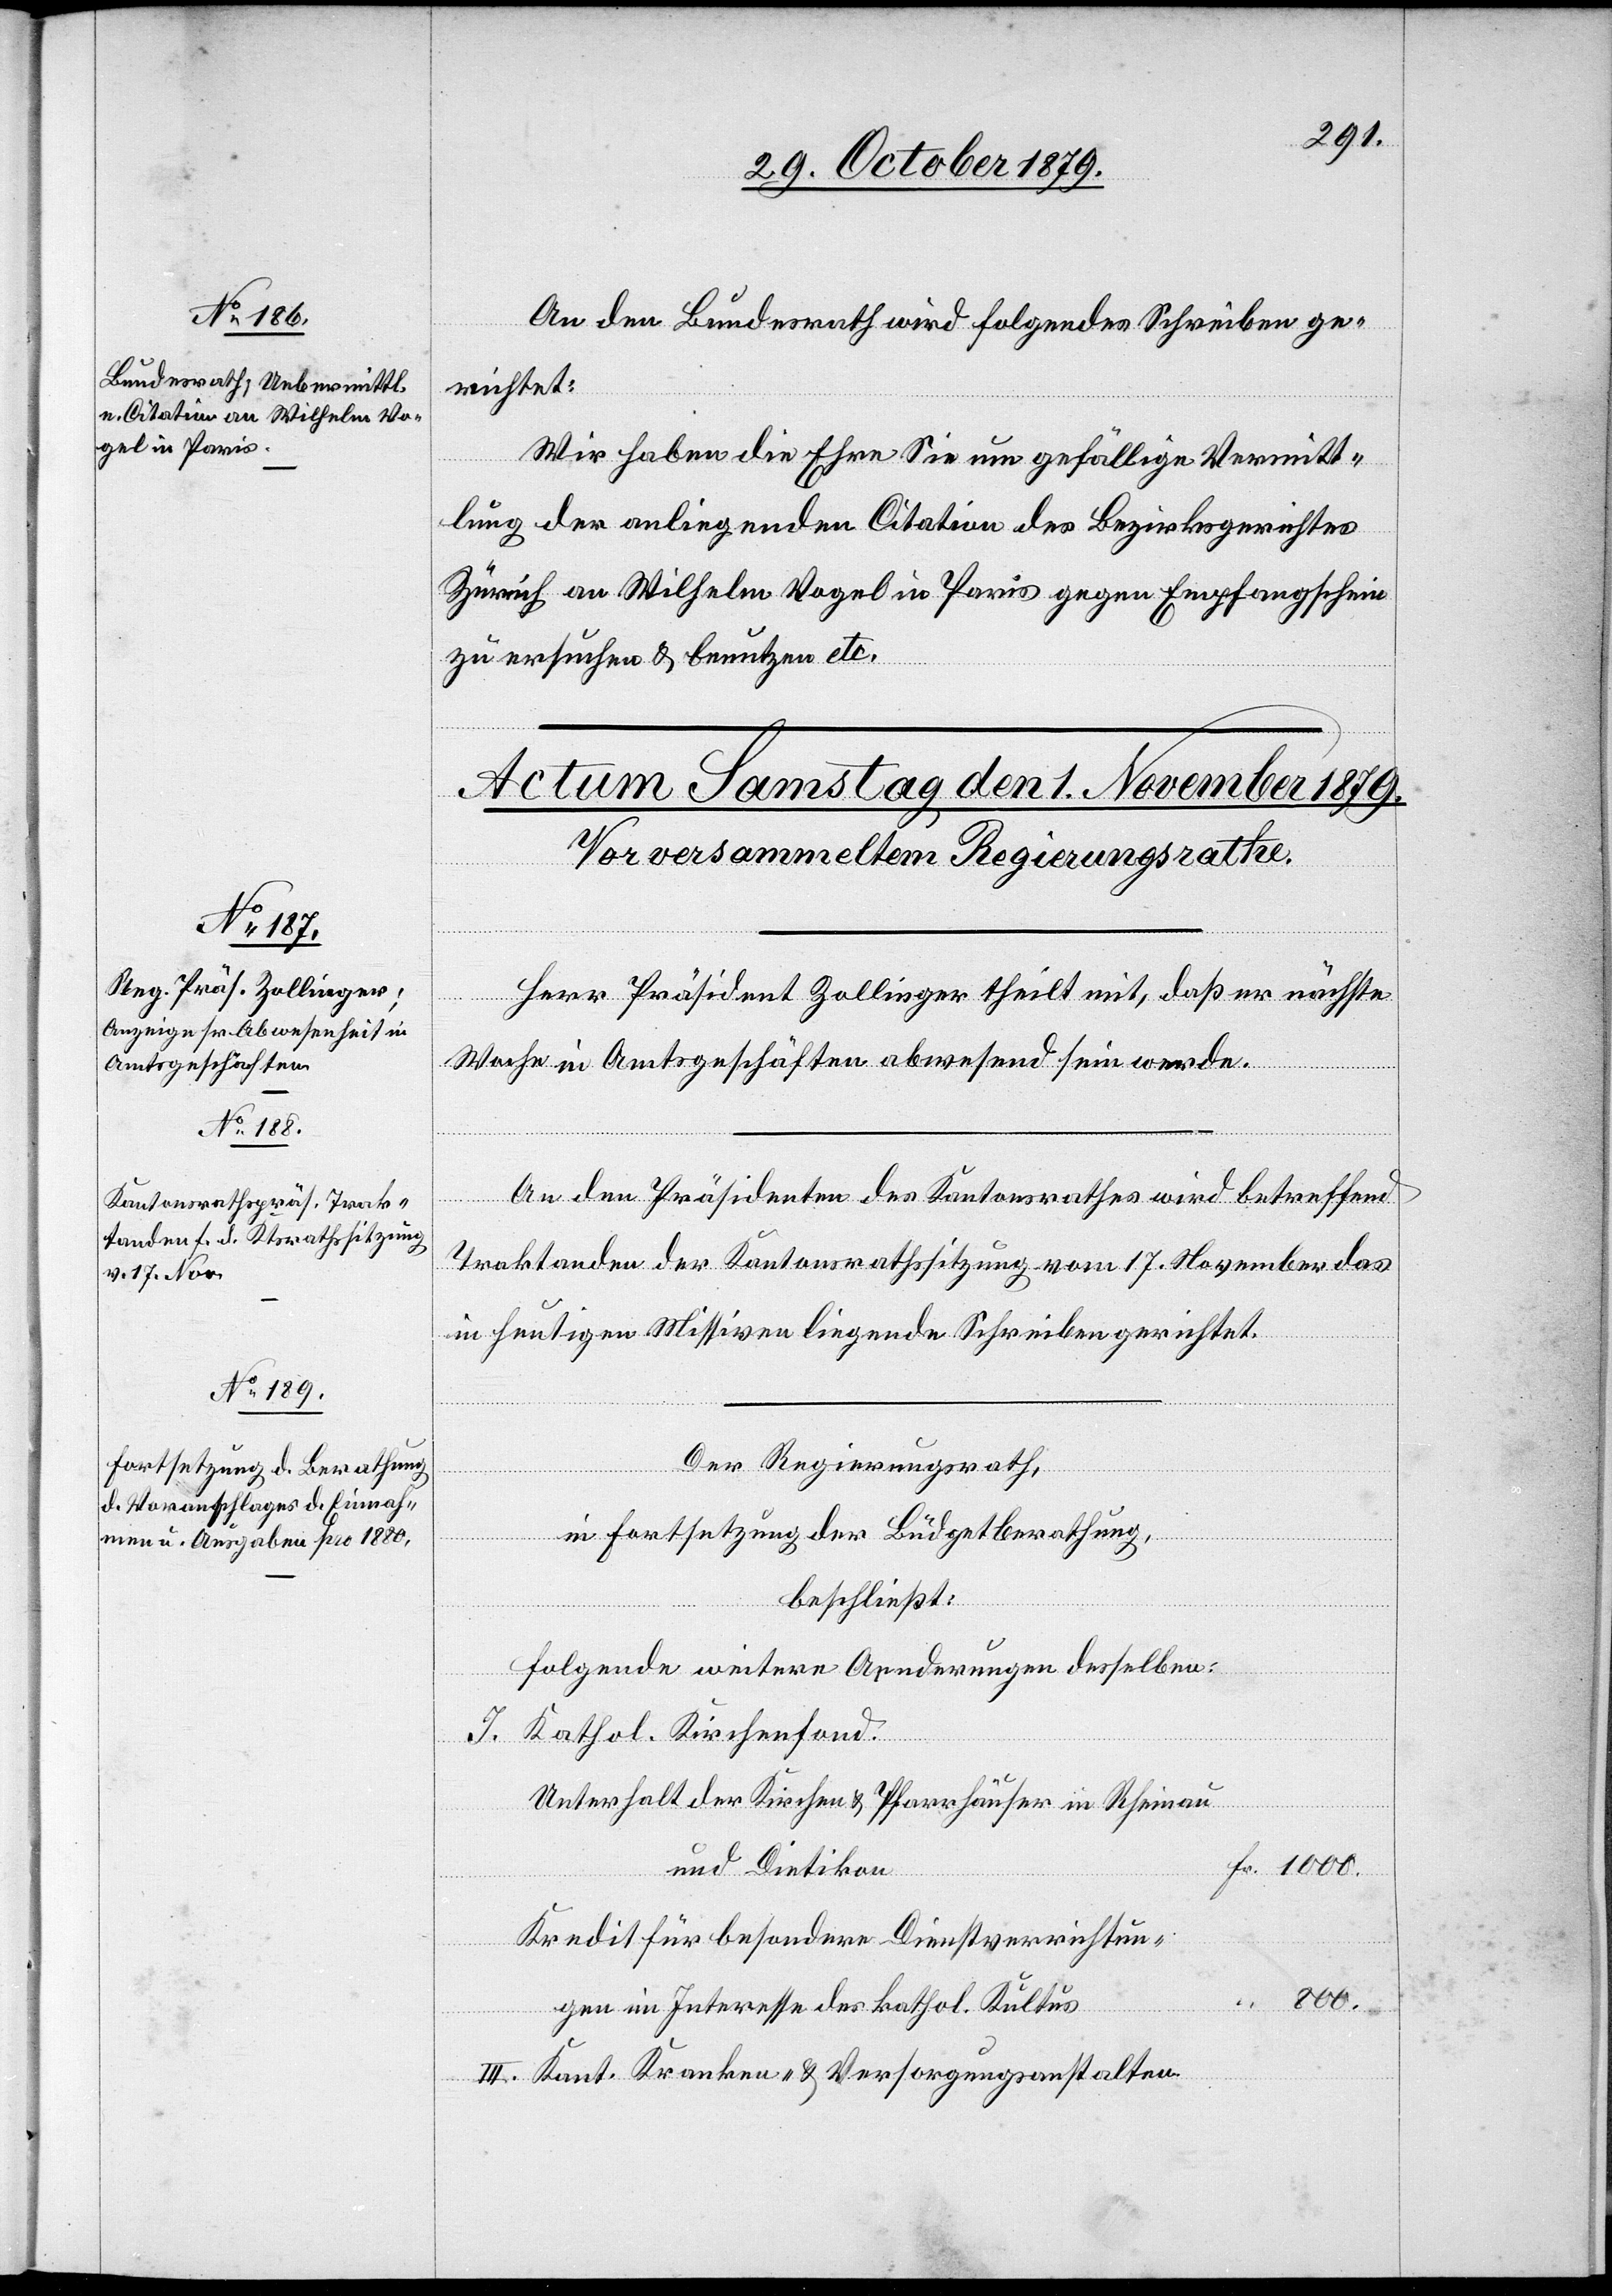
31. October 1879.]
An den Bundesrath wird folgendes Schreiben ge¬
richtet:
Wir haben die Ehre Sie um gefällige Vermitt¬
lung der anliegenden Citation des Bezirksgerichtes
Zürich an Wilhelm Vogel in Paris gegen Empfangschein
zu ersuchen & benutzen etc.
Herr Präsident Zollinger theilt mit, daß er nächste
Woche in Amtsgeschäften abwesend sein werde.
An den Präsidenten des Kantonsrathes wird betreffend
Traktanden der Kantonsrathssitzung vom 17. November das
in heutigen Missiven liegende Schreiben gerichtet.
Der Regierungsrath,
in Fortsetzung der Büdgetberathung,
beschließt:
folgende weitere Aenderungen desselben:
I. Kathol. Kirchenfond.
Unterhalt der Kirchen & Pfarrhäuser in Rheinau
und Dietikon
Fr.
Kredit für besondere Dienstverrichtun¬
800.
gen im Interesse des kathol. Kultus
Kant. Kranken- & Versorgungsanstalten